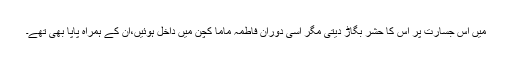
میں اس جسارت پر اس کا حشر بگاڑ دیتی مگر اسی دوران فاطمہ ماما کچن میں داخل ہوئیں،ان کے ہمراہ پاپا بھی تھے۔